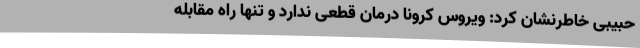
حبیبی خاطرنشان کرد: ویروس کرونا درمان قطعی ندارد و تنها راه مقابله